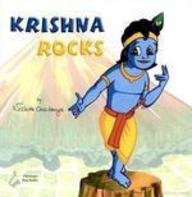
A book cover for Krishna Rocks; Nishita Chaitanya; Children's Books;